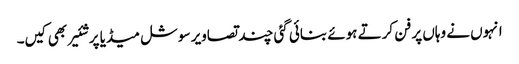
انہوں نے وہاں پر فن کرتے ہوئے بنائی گئی چند تصاویر سوشل میڈیا پر شئیر بھی کیں۔